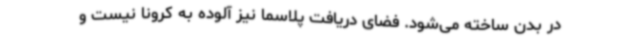
در بدن ساخته می‌شود. فضای دریافت پلاسما نیز آلوده به کرونا نیست و